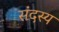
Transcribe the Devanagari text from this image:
संदस्य